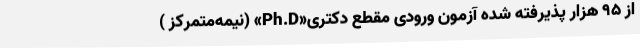
از ۹۵ هزار پذیرفته شده آزمون ورودی مقطع دکتری«Ph.D» (نیمه‌متمرکز )